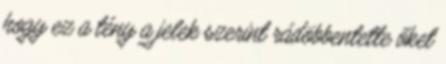
hogy ez a tény a jelek szerint rádöbbentette őket